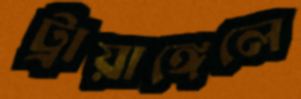
ট্রায়াঙ্গেলে